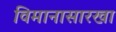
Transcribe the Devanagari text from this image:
विमानासारखा